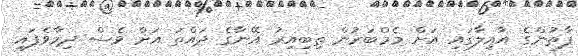
ފާތުންގެ އާއިލާގައި އަށް މެމްބަރުން ތިބިއިރު އޭނާގެ ދައްތަ އަށް ވެސް ދިމާވެފައި